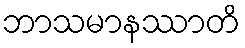
ဘာသမာနဿာတိ